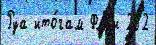
Руа ито́гам Фл'́р'и 252